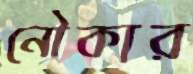
নৌকার